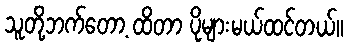
သူတို့ဘက်တော့ ထိတာ ပိုများမယ်ထင်တယ်။